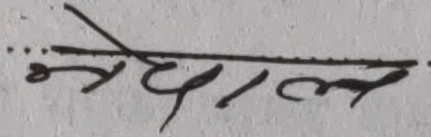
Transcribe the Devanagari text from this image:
नेतृत्व